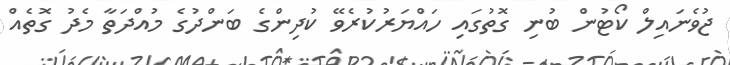
ޖުވެނައިލް ކޯޓުން ބުނި ގޮތުގައި ހައްޔަރުކުރެވޭ ކުދިންގެ ބަންދުގެ މުއްދަތާ މެދު ގޮތެއް